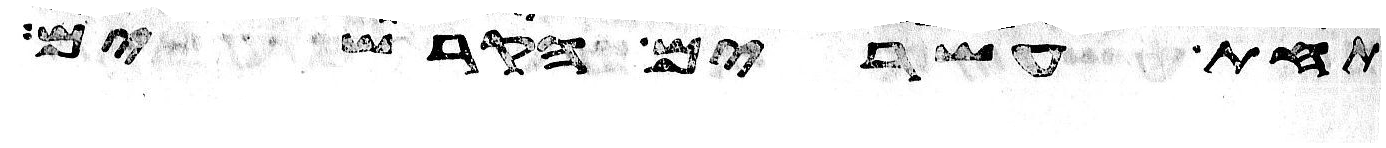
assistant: תחת עשרים הקרשים